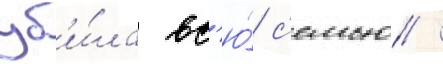
уб'и́ла вс'ю́ с'емью /